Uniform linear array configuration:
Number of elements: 16
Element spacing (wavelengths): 0.5
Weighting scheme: exponential
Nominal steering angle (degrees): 45
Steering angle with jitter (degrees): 45.696
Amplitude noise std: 0.05
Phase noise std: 0.05

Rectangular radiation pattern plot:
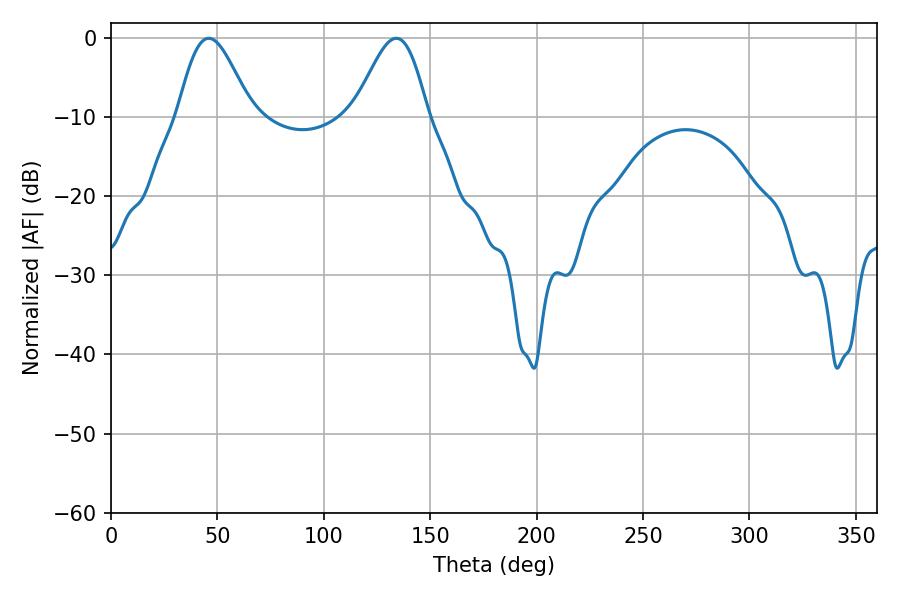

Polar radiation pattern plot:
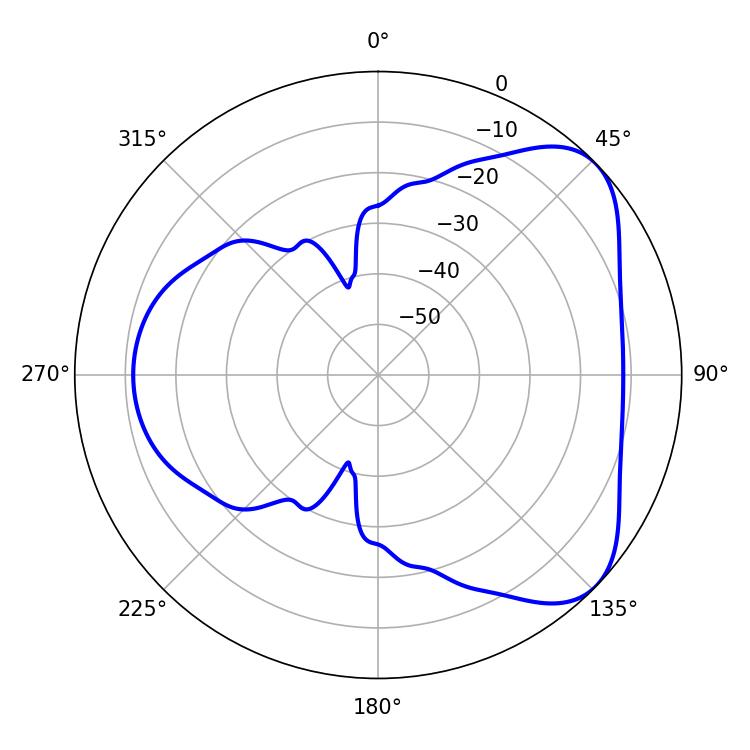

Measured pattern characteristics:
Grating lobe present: FALSE
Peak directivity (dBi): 5.735
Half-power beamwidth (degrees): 18.36
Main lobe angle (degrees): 45.9